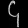
Digit: ၄